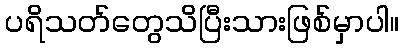
ပရိသတ်တွေသိပြီးသားဖြစ်မှာပါ။